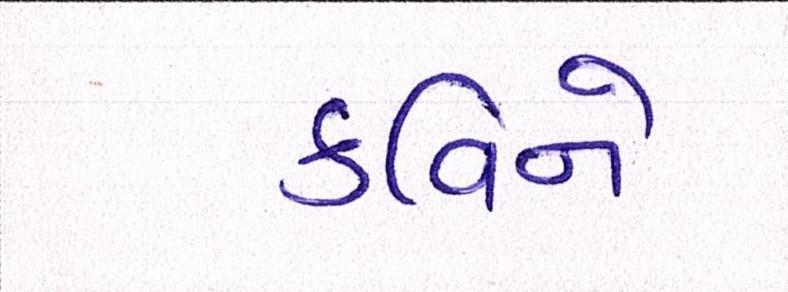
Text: કવિને